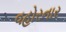
વહોરનાર